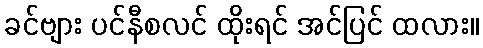
ခင်ဗျား ပင်နီစလင် ထိုးရင် အင်ပြင် ထလား။